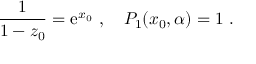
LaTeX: { \frac { 1 } { 1 - z _ { 0 } } } = \mathrm { e } ^ { x _ { 0 } } \ , \ \ \ P _ { 1 } ( x _ { 0 } , \alpha ) = 1 \ .